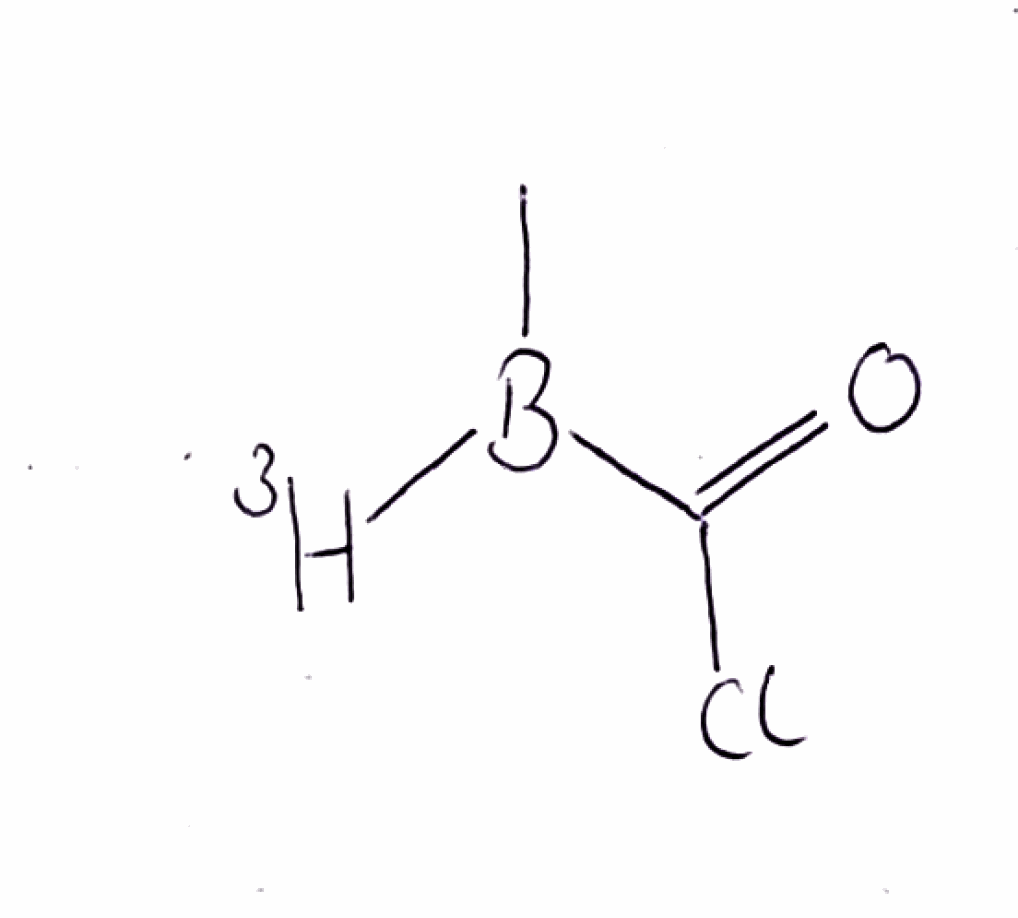
Simplified molecular-input line-entry system (SMILES) notation of the given molecule:
[3H]B(C)C(=O)Cl